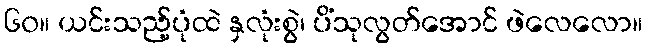
၆၀။ ယင်းသည့်ပုံထဲ နှလုံးစွဲ၊ ပိံသုလွတ်အောင် ဖဲလေလော။